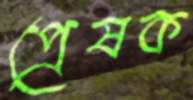
প্রেষক